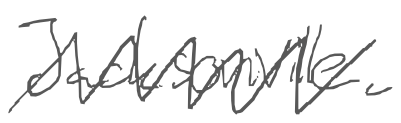
Text: Jacksonville.
Cross-out: zig-zag
Writing tool: digital_gray